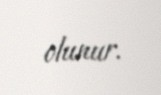
olunur.